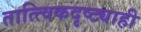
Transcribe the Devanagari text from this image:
तात्त्विकदृष्ट्याही